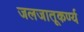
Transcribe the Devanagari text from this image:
जलजातूकर्ण्य